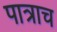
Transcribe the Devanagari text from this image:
पात्राच